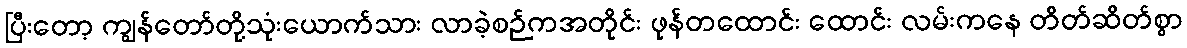
ပြီးတော့ ကျွန်တော်တို့သုံးယောက်သား လာခဲ့စဉ်ကအတိုင်း ဖုန်တထောင်း ထောင်း လမ်းကနေ တိတ်ဆိတ်စွာ